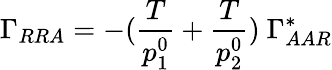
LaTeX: \Gamma_{RRA}=-({\frac{T}{p_{1}^{0}}}+{\frac{T}{p_{2}^{0}}})\ \Gamma_{AAR}^{*}